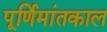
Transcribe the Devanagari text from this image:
पूर्णिमांतकाल